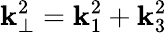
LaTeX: \mathbf{k}_{\perp}^{2}=\mathbf{k}_{1}^{2}+\mathbf{k}_{3}^{2}